Indian journal of veterinary science and animal husbandry - Volume 1,
Year: 1931
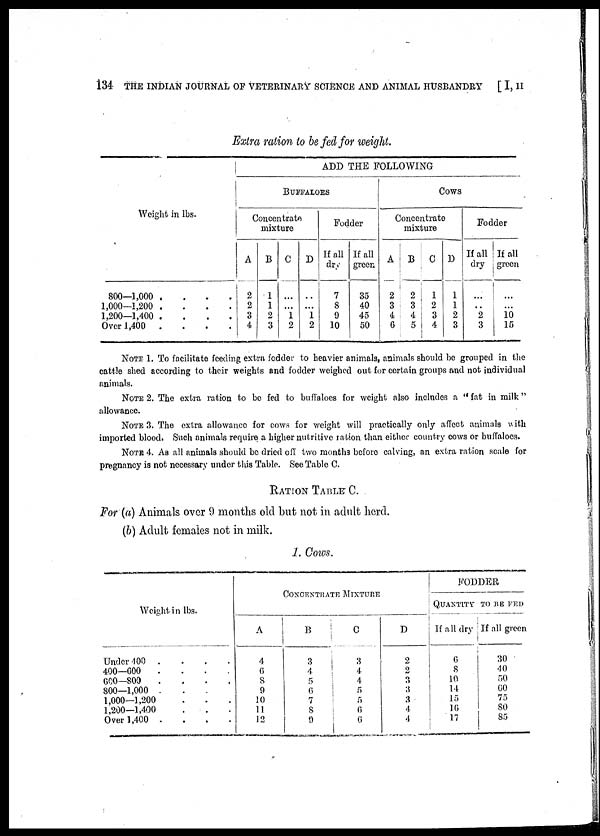
134 THE INDIAN JOURNAL OF VETERINARY SCIENCE AND ANIMAL HUSBANDRY
[ I, II
Extra ration to be fed for weight.
Weight in lbs.
800—1,000
....
1,000—1,200
....
1,200—1,400
....
Over 1,400
.
ADD THE FOLLOWING
BUFFALOES
Concentrate
mixture
A
2
2
3
4
B
1
1
2
3
C
...
...
1
2
D
...
...
1
2
Fodder
If all
dry
7
8
9
10
If all
green
35
40
45
50
COWS
Concentrate
mixture
A
2
3
4
6
B
2
3
4
5
C
1
2
3
4
D
1
1
2
3
Fodder
If all
dry
...
...
2
3
If all
green
...
...
10
15
NOTE 1. To facilitate feeding extra fodder to heavier animals, animals should be grouped in the
cattle shed according to their weights and fodder weighed out for certain groups and not individual
animals.
NOTE 2. The extra ration to be fed to buffaloes for weight also includes a "fat in milk"
allowance.
NOTE 3. The extra allowance for cows for weight will practically only affect animals with
imported blood. Such animals require a higher nutritive ration than either country cows or buffaloes.
NOTE 4. As all animals should be dried off two months before calving, an extra ration scale for
pregnancy is not necessary under this Table. See Table C.
RATION TABLE C.
For (a) Animals over 9 months old but not in adult herd.
(b) Adult females not in milk.
1. Cows.
Weight in lbs.
Under 400 .
400—600
.
600—800
.
800—1,000 .
1,000—1,200
1,200—1,400
Over 1,400 .
.
.
.
.
.
.
.
.
.
.
.
.
.
.
.
.
.
.
.
.
.
A
4
6
8
9
10
11
12
CONCENTRATE
MIXTURE
B
3
4
5
6
7
8
9
C
3
4
4
5
5
6
6
D
2
2
3
3
3
4
4
FODDER
QUANTITY
TO BE FED
If all dry
6
8
10
14
15
16
17
If all green
30
40
50
60
75
80
85